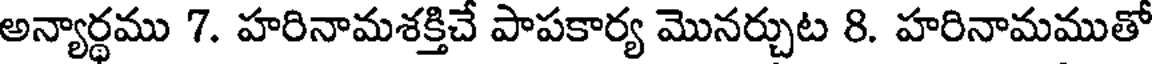
అన్యార్థము 7. హరినామశక్తిచే పాపకార్య మొనర్చుట 8. హరినామముతో